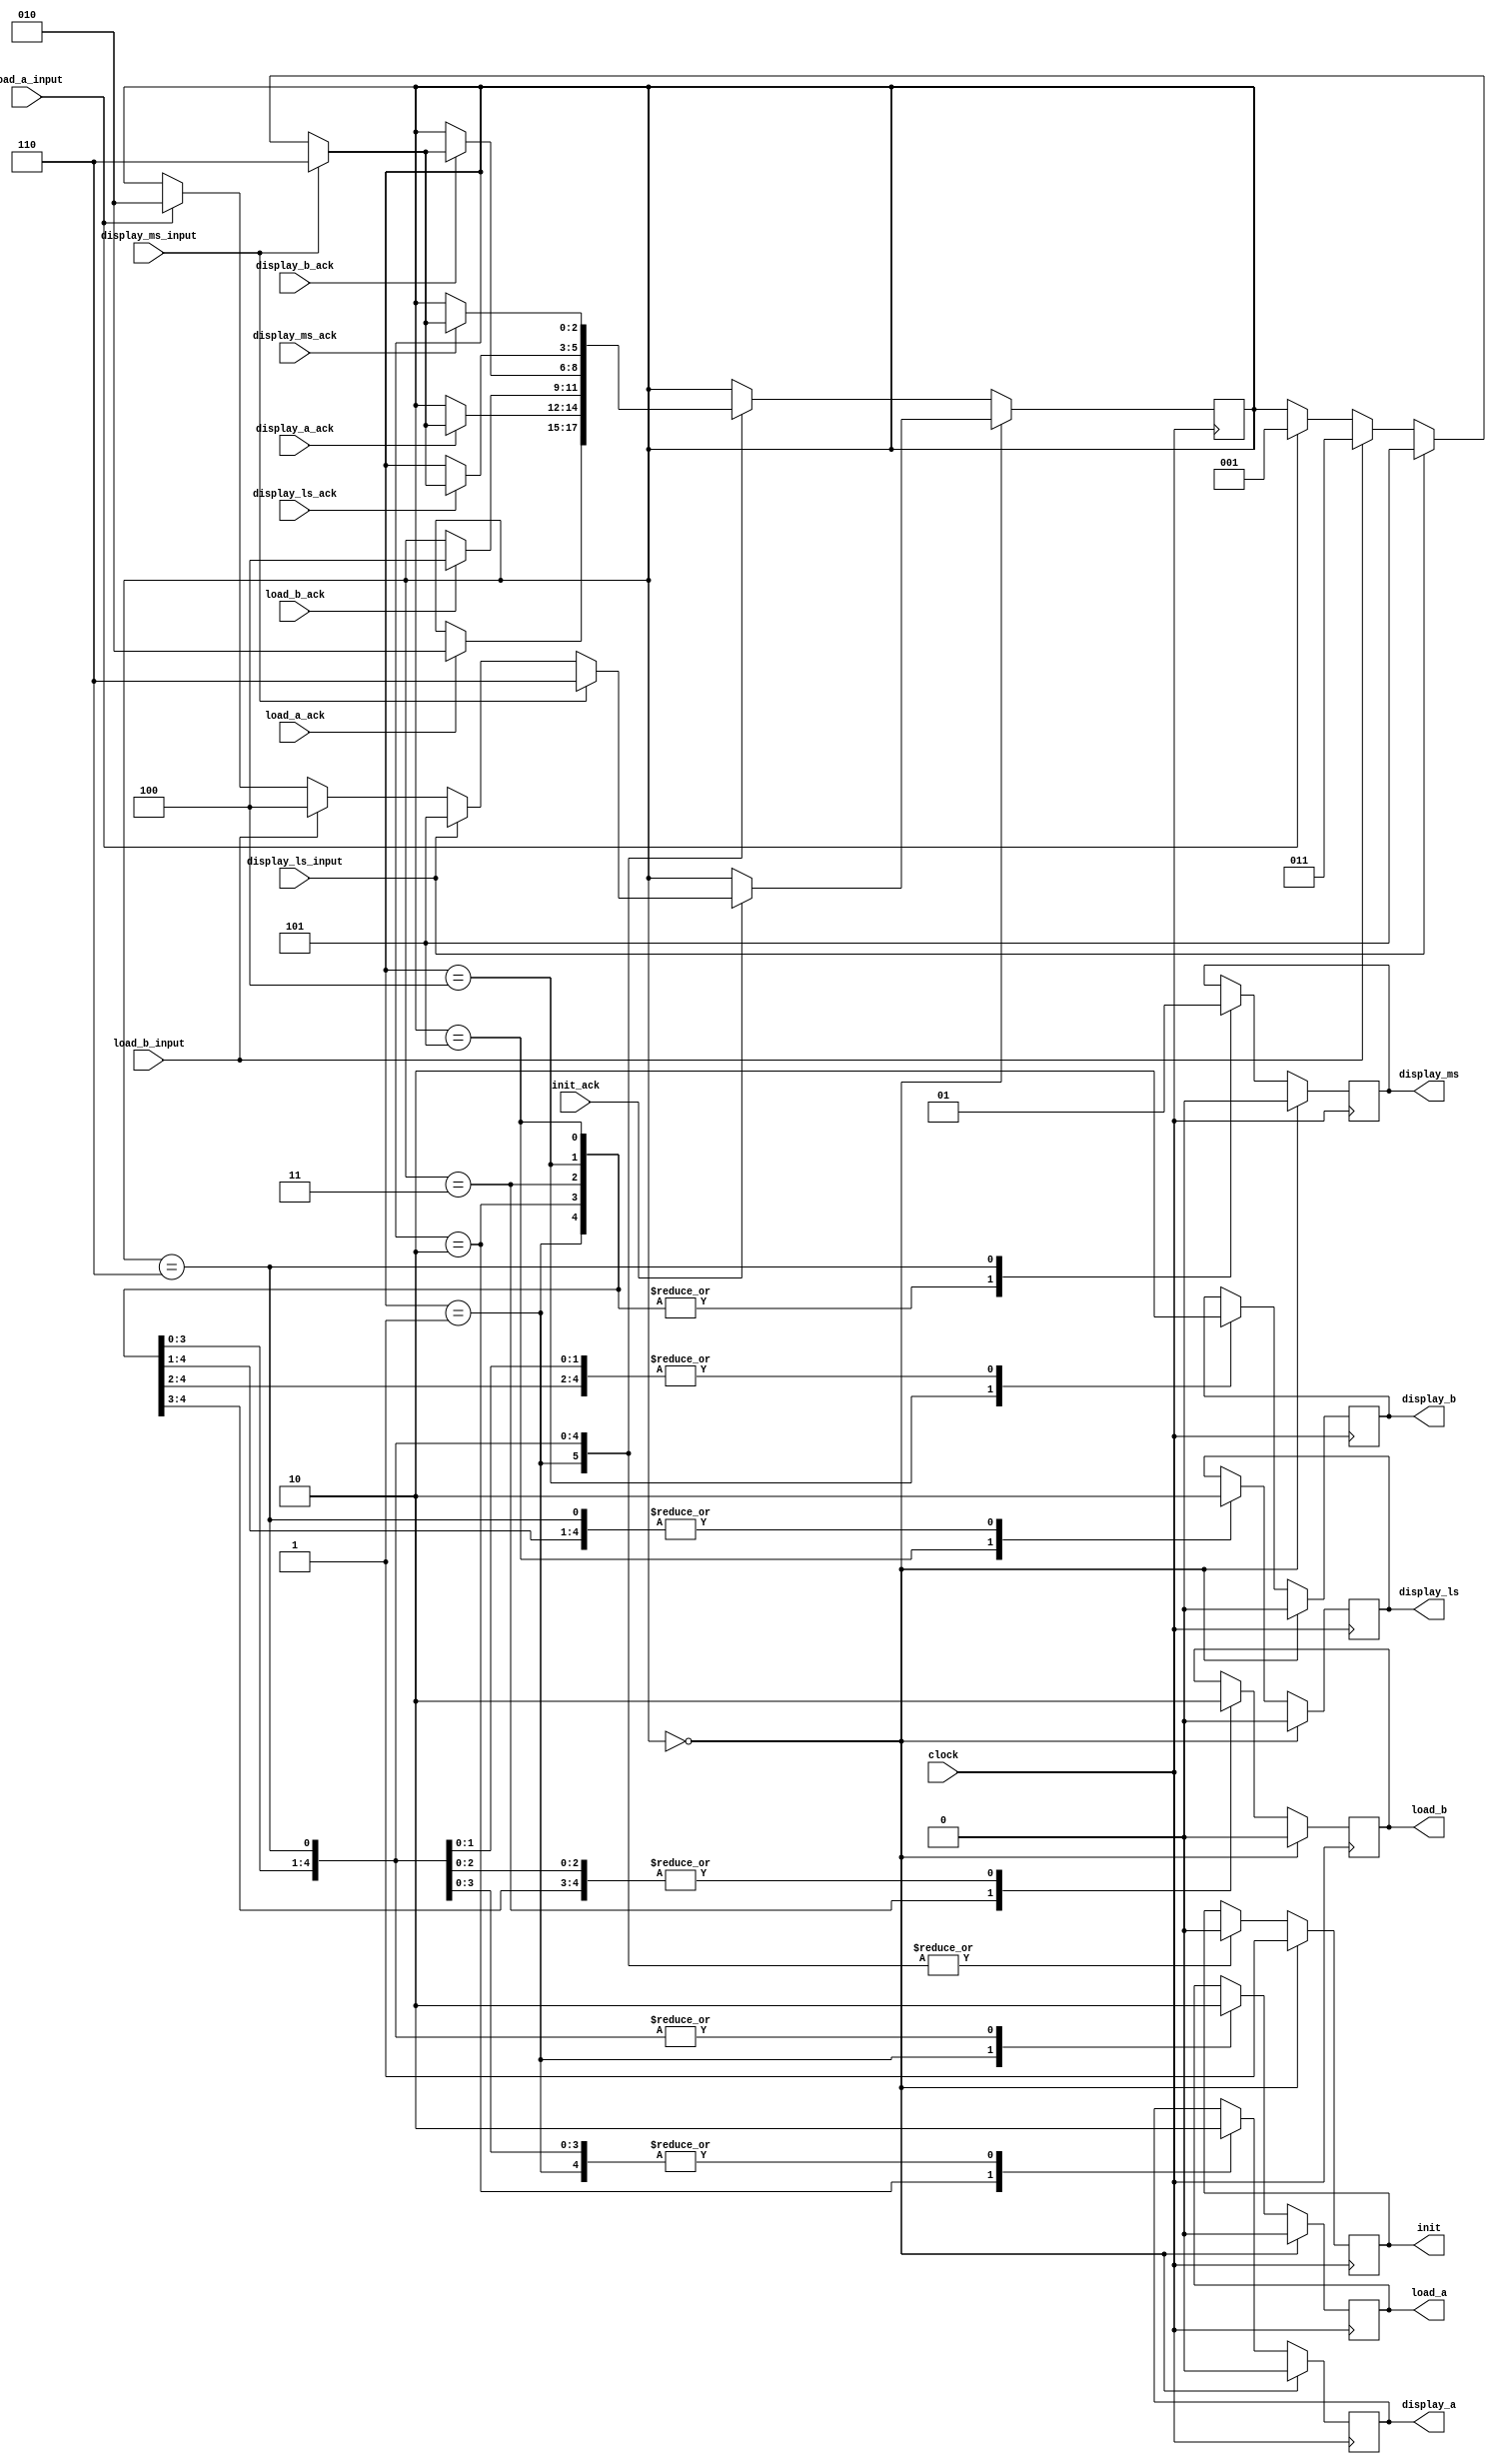
`timescale 1ns / 1ps
//////////////////////////////////////////////////////////////////////////////////
// Company: 
// Engineer: 
// 
// Design Name: 
// Module Name:    bcd_add_controller 
// Project Name: 
// Target Devices: 
// Tool versions: 
// Description: 
//
// Dependencies: 
//
// Revision: 
// Revision 0.01 - File Created
// Additional Comments: 
//
//////////////////////////////////////////////////////////////////////////////////
module bcd_add_controller(
			//input from the outside world.
			input clock,
			input load_a_input,
			input load_b_input,
			input display_ls_input,
			input display_ms_input,
			
			//inputs back from the datapath.
			input init_ack,
			input load_a_ack,
			input load_b_ack,
			input display_a_ack,
			input display_b_ack,
			input display_ls_ack,
			input display_ms_ack,
			
			//outputs to the datpath.
			output reg init,
			output reg load_a,
			output reg load_b,
			output reg display_a,
			output reg display_b,
			output reg display_ls,
			output reg display_ms
			);
	 
	//Let us declare our states in a friendly manner and then make a register to hold them.
	parameter INIT_STATE = 0,
				LOAD_A_STATE = 1,
				DISPLAY_A_STATE = 2,
				LOAD_B_STATE = 3,
				DISPLAY_B_STATE = 4,
				DISPLAY_LS_STATE = 5,
				DISPLAY_MS_STATE = 6;
			
	reg [2:0] state = INIT_STATE; //Set the default state to INIT_STATE.
	
	//Let's now create the logic of the state machine.
	always @(posedge clock)
		begin
			if(state == INIT_STATE) //Given init reset everything.
				begin
					//set all output values to default states.
					init <= 1;
					load_a <= 0;
					load_b <= 0;
					display_a <= 0;
					display_b <= 0;
					display_ls <= 0;
					display_ms <= 0;
					
					if(init_ack == 1) begin
						if(load_a_input) state <= DISPLAY_A_STATE;
						if(load_b_input) state <= DISPLAY_B_STATE;
						if(display_ls_input) state <= DISPLAY_LS_STATE;
						if(display_ms_input) state <= DISPLAY_MS_STATE;
					end
						
				end
				
			else
				case(state)
					LOAD_A_STATE: begin
						//Set the output signals.
						if(load_a_ack) state <= DISPLAY_A_STATE;
						
						init <= 0;
						load_a <= 1;
						load_b <= 0;
						display_a <= 0;
						display_b <= 0;
						display_ls <= 0;
						display_ms <= 0;
						
						
						
					end
					
					DISPLAY_A_STATE: begin
						//Now that loading is done, unset load_a and set display_a.
						
						//Set the output signals.
						init <= 0;
						load_a <= 0;
						load_b <= 0;
						display_a <= 1;
						display_b <= 0;
						display_ls <= 0;
						display_ms <= 0;
						
						//Wait in this state unless the following buttons happen.
						if(display_a_ack) begin //added recently...
							//Unset display_a flag.
							//display_a <= 0;
							if(load_a_input) state <= LOAD_A_STATE;
							if(load_b_input) state <= LOAD_B_STATE;
							if(display_ls_input) state <= DISPLAY_LS_STATE;
							if(display_ms_input) state <= DISPLAY_MS_STATE;
						end
					end
					
					LOAD_B_STATE: begin
						if(load_b_ack) state <= DISPLAY_B_STATE;
							
						//Set the output signals.
						init <= 0;
						load_a <= 0;
						load_b <= 1;
						display_a <= 0;
						display_b <= 0;
						display_ls <= 0;
						display_ms <= 0;
						
					end
								
					DISPLAY_B_STATE: begin
						//load_b_ack <= 0; //clear the load_a_ack flag from LOAD_B_STATE
						//Now that loading is done, unset load_b and set display_b.
							
						//Set the output signals.
						init <= 0;
						load_a <= 0;
						load_b <= 0;
						display_a <= 0;
						display_b <= 1;
						display_ls <= 0;
						display_ms <= 0;
						
						//Wait in this state unless the following buttons happen.
						if(display_b_ack) begin //added recently...
							//Unset display_a flag.
							//display_b <= 0;
							if(load_a_input) state <= LOAD_A_STATE;
							if(load_b_input) state <= LOAD_B_STATE;
							if(display_ls_input) state <= DISPLAY_LS_STATE;
							if(display_ms_input) state <= DISPLAY_MS_STATE;
						end
					end
					
					DISPLAY_LS_STATE: begin
						
						//Set the output signals.
						init <= 0;
						load_a <= 0;
						load_b <= 0;
						display_a <= 0;
						display_b <= 0;
						display_ls <= 1;
						display_ms <= 0;
						
						//Wait in this state unless the following buttons happen.
						if(display_ls_ack) begin
							//Set display_ls back to 0 once it is displayed.
							//display_ls <= 0;
							
							if(load_a_input) state <= LOAD_A_STATE;
							if(load_b_input) state <= LOAD_B_STATE;
							if(display_ls_input) state <= DISPLAY_LS_STATE;
							if(display_ms_input) state <= DISPLAY_MS_STATE;
						end
					end
					
					DISPLAY_MS_STATE: begin
							
						//Set the output signals.
						init <= 0;
						load_a <= 0;
						load_b <= 0;
						display_a <= 0;
						display_b <= 0;
						display_ls <= 0;
						display_ms <= 1;
						
						//Wait in this state unless the following buttons happen.
						if(display_ms_ack) begin
							//Set the display_ms back to 0 once the display_ms_ack comes.
							//display_ms <= 0;
							
							if(load_a_input) state <= LOAD_A_STATE;
							if(load_b_input) state <= LOAD_B_STATE;
							if(display_ls_input) state <= DISPLAY_LS_STATE;
							if(display_ms_input) state <= DISPLAY_MS_STATE;
						end
					end
				endcase
			end		
					
					
  

 endmodule